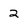
Character: 2